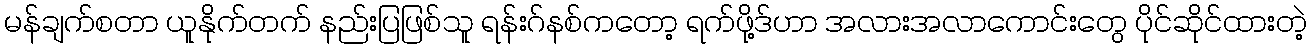
မန်ချက်စတာ ယူနိုက်တက် နည်းပြဖြစ်သူ ရန်းဂ်နစ်ကတော့ ရက်ဖို့ဒ်ဟာ အလားအလာကောင်းတွေ ပိုင်ဆိုင်ထားတဲ့